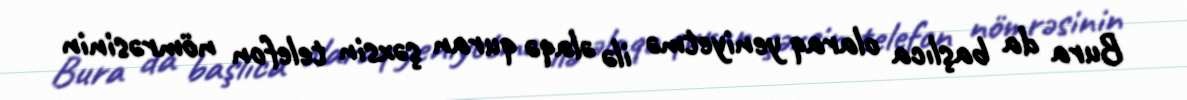
Bura da başlıca olaraq yeniyetmə ilə əlaqə quran şəxsin telefon nömrəsinin